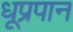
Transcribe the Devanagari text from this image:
धूप्रपान